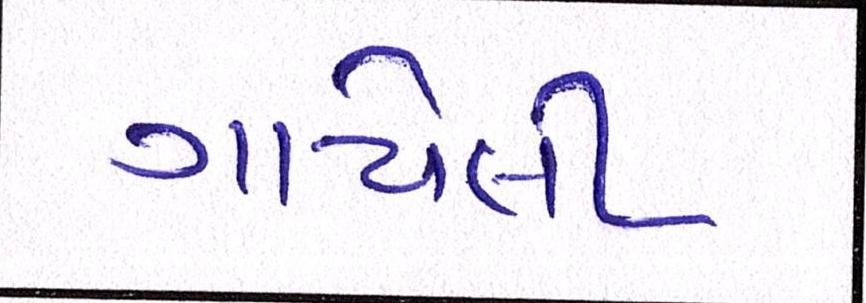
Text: ગાયેલી